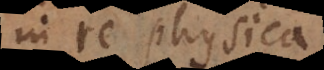
in re physica